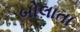
બોલાતા